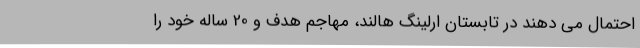
احتمال می دهند در تابستان ارلینگ هالند، مهاجم هدف و 20 ساله خود را